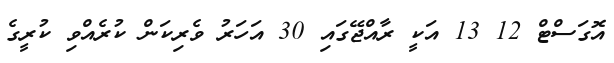
އޮގަސްޓް 12 13 އަކީ ރާއްޖޭގައި 30 އަހަރު ވެރިކަން ކުރެއްވި ކުރީގެ